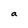
Character: a